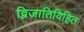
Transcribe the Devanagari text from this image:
द्विजातिविहित